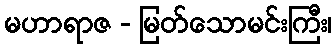
မဟာရာဇ - မြတ်သောမင်းကြီး၊